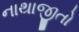
નાથાજીતો